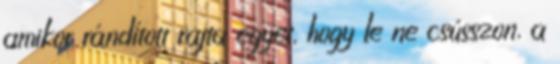
amikor rándított rajta egyet, hogy le ne csússzon, a